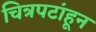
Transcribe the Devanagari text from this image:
चित्रपटांहून